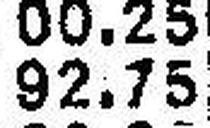
92.75